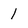
Character: 1